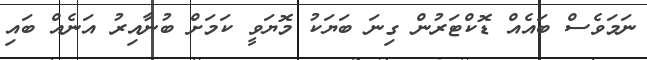
ނަމަވެސް ބައެއް ޑޮކްޓަރުން ގިނަ ބަޔަކު މޮޔަވީ ކަމަށް ބުނާއިރު އަނެއް ބައި